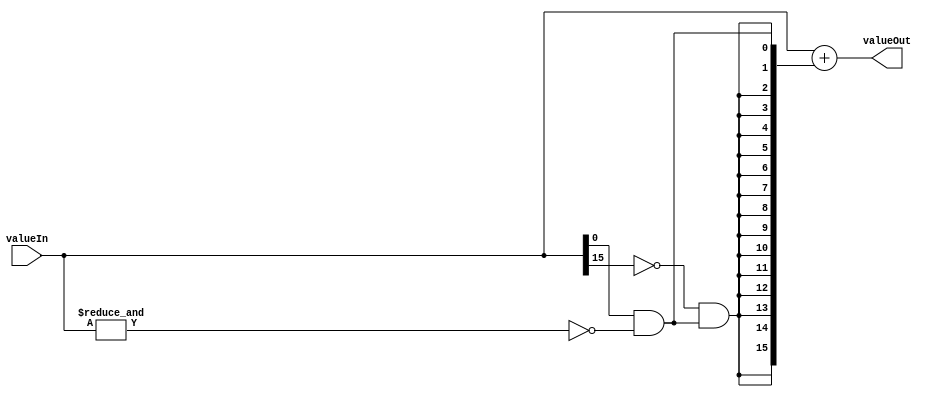
/*	Round Toward zero signed number EXCEPT -1
	
	Input   a SIGNED number, 
	Output  a SIGNED number rounded by the policy.
	
	Instanciation :
	roundTowardZeroExceptM1 #(.WIDTH(16)) myRTZEM1(.valueIn(signedInput),.valueOut(signedOutput));
*/
module roundTowardZeroExceptM1
#(	parameter WIDTH  = 16	// -32768..+32767
)
(
	input  signed [WIDTH-1:0] valueIn,
	output        [WIDTH-1:0] valueOut
);
	parameter WM1 = WIDTH-1;
	
	wire isMinus1	= &valueIn; 							// [1 if value is -1]
	wire isOdd      =  valueIn[0]   & (!isMinus1);			// If ODD and not minus ONE.
	wire posV       = !valueIn[WM1] &       isOdd;			// Fill with ONE for Positive ODD value.

	assign valueOut = valueIn + { {WM1{posV}} , isOdd };	// Add +1 if negative, -1 if positive for VALID numbers.

endmodule